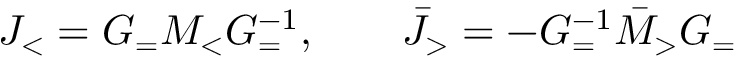
J _ { < } = G _ { = } M _ { < } G _ { = } ^ { - 1 } , ~ ~ ~ ~ ~ ~ \bar { J } _ { > } = - G _ { = } ^ { - 1 } \bar { M } _ { > } G _ { = }